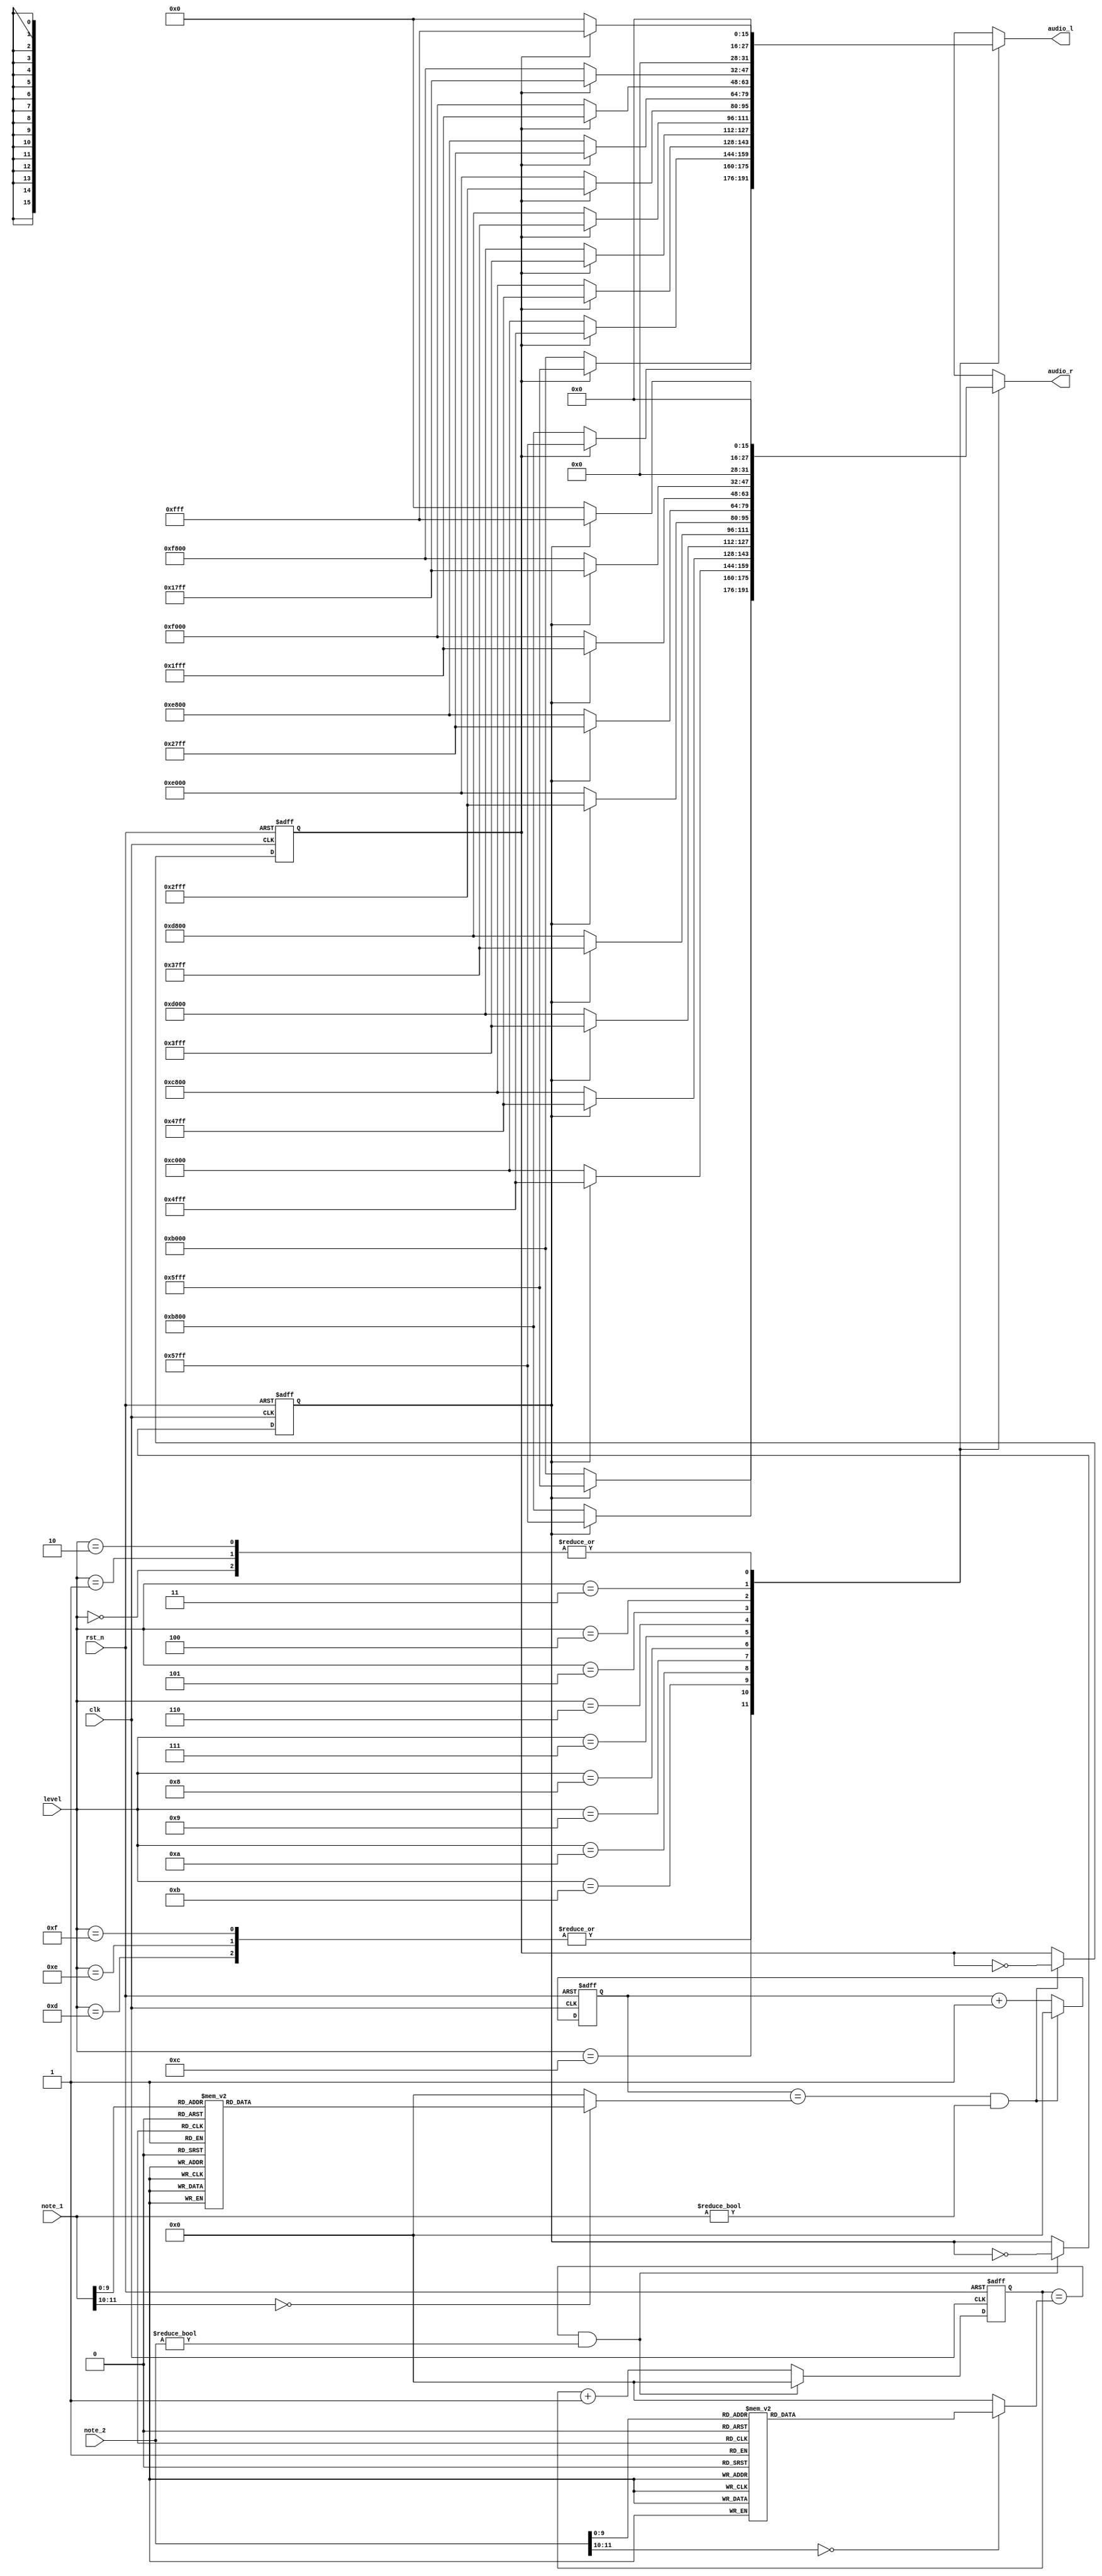
`timescale 1ns / 1ps
//////////////////////////////////////////////////////////////////////////////////
// Company: 
// Engineer: 
// 
// Design Name: 
// Module Name: note
// Project Name: 
// Target Devices: 
// Tool Versions: 
// Description: 
// 
// Dependencies: 
// 
// Revision:
// Revision 0.01 - File Created
// Additional Comments:
// 
//////////////////////////////////////////////////////////////////////////////////
`define a2 19'd454545
`define b2 19'd404956
`define c1 19'd382219
`define d1 19'd340530
`define d2 19'd321543
`define e1 19'd303370
`define f1 19'd286344
`define g1 19'd255102
`define a1 19'd227272
`define b1 19'd202429
`define c 19'd191570
`define d 19'd170648
`define e 19'd151515
`define f 19'd143266
`define g 19'd127551
`define a 19'd113636
`define b 19'd101214
`define C 19'd95419
`define D 19'd85034
`define D1 19'd80353
`define E 19'd75757
`define F 19'd67567
`define G 19'd63775
`define A 19'd56818
`define B 19'd50607
`define D2 19'd40176
`define C0 19'd46707
`define D0 19'd41893
`define E0 19'd37922
`define F0 19'd33311
`define G0 19'd31456
`define A0 19'd28050
`define B0 19'd25012
`define n 19'b0 


module note(
  audio_l,
  audio_r,
  note_1,
  note_2,
  level,
  clk,
  rst_n
    );
    output reg [15:0] audio_l;
    output reg [15:0] audio_r;
    input [11:0] note_1,note_2;
    input [3:0]level;
    input clk;
    input rst_n;  
    reg b_clk, next_b_clk,c_clk, next_c_clk;
    reg [18:0] b_clk_cnt,b_clk_cnt_next,c_clk_cnt,c_clk_cnt_next;
    reg [18:0] b_note_div,c_note_div;
        

    
    
    always@(posedge clk or negedge rst_n)
    begin
        if(rst_n ==1'b0)
        begin
            c_clk <=  1'b0;
            b_clk <=  1'b0;
            b_clk_cnt <= 18'd0;
            c_clk_cnt <= 18'd0;
        end    
        else 
        begin
            c_clk <= next_c_clk;
            b_clk <= next_b_clk;
            b_clk_cnt <= b_clk_cnt_next;
            c_clk_cnt <= c_clk_cnt_next;
        end       
    end
    
    
    always@*
    begin
        if(b_clk_cnt == b_note_div && note_1 != 4'b0)
        begin
            b_clk_cnt_next = 18'd0;
            next_b_clk = ~b_clk;
        end
        else
        begin
            b_clk_cnt_next = b_clk_cnt + 18'd1;
            next_b_clk = b_clk;
        end
        if(c_clk_cnt == c_note_div && note_2 != 4'b0)
        begin
            c_clk_cnt_next = 18'd0;
            next_c_clk = ~c_clk;
        end
        else
        begin
            c_clk_cnt_next = c_clk_cnt + 18'd1;
            next_c_clk = c_clk;
        end
        
        
        
      case(note_1)    //4 note 32case
          12'd1: b_note_div = `G;
          12'd2: b_note_div = `n; 
          12'd3: b_note_div = `G;
          12'd4: b_note_div = `n;
          12'd5: b_note_div = `G;
          12'd6: b_note_div = `n;
          12'd7: b_note_div = `G;
          12'd8: b_note_div = `n;
          12'd9: b_note_div = `G;
          12'd10: b_note_div = `n;
          12'd11: b_note_div = `G;
          12'd12: b_note_div = `n;
          12'd13: b_note_div = `G;
          12'd14: b_note_div = `n;
          12'd15: b_note_div = `F;
          12'd16: b_note_div = `F;
          12'd17: b_note_div = `n;
          12'd18: b_note_div = `n;
          12'd19: b_note_div = `F;
          12'd20: b_note_div = `n;
          12'd21: b_note_div = `F;
          12'd22: b_note_div = `F;
          12'd23: b_note_div = `n;
          12'd24: b_note_div = `n;
          12'd25: b_note_div = `F;
          12'd26: b_note_div = `n;
          12'd27: b_note_div = `F;
          12'd28: b_note_div = `n;
          12'd29: b_note_div = `G;
          12'd30: b_note_div = `G;
          12'd31: b_note_div = `n;
          12'd32: b_note_div = `n;
          12'd33: b_note_div = `G;
          12'd34: b_note_div = `n; 
          12'd35: b_note_div = `G;
          12'd36: b_note_div = `n;
          12'd37: b_note_div = `G;
          12'd38: b_note_div = `n;
          12'd39: b_note_div = `G;
          12'd40: b_note_div = `n;
          12'd41: b_note_div = `G;
          12'd42: b_note_div = `n;
          12'd43: b_note_div = `G;
          12'd44: b_note_div = `n;
          12'd45: b_note_div = `G;
          12'd46: b_note_div = `n;
          12'd47: b_note_div = `F;
          12'd48: b_note_div = `F;
          12'd49: b_note_div = `n;
          12'd50: b_note_div = `n;
          12'd51: b_note_div = `F;
          12'd52: b_note_div = `n;
          12'd53: b_note_div = `F;
          12'd54: b_note_div = `F;
          12'd55: b_note_div = `n;
          12'd56: b_note_div = `n;
          12'd57: b_note_div = `F;
          12'd58: b_note_div = `n;
          12'd59: b_note_div = `F;
          12'd60: b_note_div = `n;
          12'd61: b_note_div = `G;
          12'd62: b_note_div = `G;
          12'd63: b_note_div = `n;
          12'd64: b_note_div = `n;   
          12'd65: b_note_div = `G;
          12'd66: b_note_div = `n; 
          12'd67: b_note_div = `G;
          12'd68: b_note_div = `n;
          12'd69: b_note_div = `G;
          12'd70: b_note_div = `n;
          12'd71: b_note_div = `G;
          12'd72: b_note_div = `n;
          12'd73: b_note_div = `G;
          12'd74: b_note_div = `n;
          12'd75: b_note_div = `G;
          12'd76: b_note_div = `n;
          12'd77: b_note_div = `G;
          12'd78: b_note_div = `n;
          12'd79: b_note_div = `F;
          12'd80: b_note_div = `F;
          12'd81: b_note_div = `n;
          12'd82: b_note_div = `n;
          12'd83: b_note_div = `F;
          12'd84: b_note_div = `n;
          12'd85: b_note_div = `F;
          12'd86: b_note_div = `F;
          12'd87: b_note_div = `n;
          12'd88: b_note_div = `n;
          12'd89: b_note_div = `F;
          12'd90: b_note_div = `n;
          12'd91: b_note_div = `F;
          12'd92: b_note_div = `n;
          12'd93: b_note_div = `G;
          12'd94: b_note_div = `G;
          12'd95: b_note_div = `n;
          12'd96: b_note_div = `n;
          12'd97: b_note_div = `a;
          12'd98: b_note_div = `n; 
          12'd99: b_note_div = `C;
          12'd100: b_note_div = `n;
          12'd101: b_note_div = `E;
          12'd102: b_note_div = `n;
          12'd103: b_note_div = `G;
          12'd104: b_note_div = `n;
          12'd105: b_note_div = `A;
          12'd106: b_note_div = `n;
          12'd107: b_note_div = `G;
          12'd108: b_note_div = `n;
          12'd109: b_note_div = `E;
          12'd110: b_note_div = `n;
          12'd111: b_note_div = `C;
          12'd112: b_note_div = `n;
          12'd113: b_note_div = `b;
          12'd114: b_note_div = `n;
          12'd115: b_note_div = `D;
          12'd116: b_note_div = `n;
          12'd117: b_note_div = `F;
          12'd118: b_note_div = `n;
          12'd119: b_note_div = `A;
          12'd120: b_note_div = `n;
          12'd121: b_note_div = `B;
          12'd122: b_note_div = `n;
          12'd123: b_note_div = `A;
          12'd124: b_note_div = `n;
          12'd125: b_note_div = `F;
          12'd126: b_note_div = `n;
          12'd127: b_note_div = `D;
          12'd128: b_note_div = `n;

          12'd129: b_note_div = `n;
          12'd130: b_note_div = `n; 
          12'd131: b_note_div = `n;
          12'd132: b_note_div = `n;
          12'd133: b_note_div = `n;
          12'd134: b_note_div = `n; 
          12'd135: b_note_div = `n;
          12'd136: b_note_div = `n;          
          12'd137: b_note_div = `G;
          12'd138: b_note_div = `G;
          12'd139: b_note_div = `n;
          12'd140: b_note_div = `n; 
          12'd141: b_note_div = `E;
          12'd142: b_note_div = `E;
          12'd143: b_note_div = `n;
          12'd144: b_note_div = `n;           
          12'd145: b_note_div = `G;
          12'd146: b_note_div = `G;
          12'd147: b_note_div = `n;
          12'd148: b_note_div = `n;           
          12'd149: b_note_div = `B;
          12'd150: b_note_div = `B;
          12'd151: b_note_div = `n;
          12'd152: b_note_div = `n;           
          12'd153: b_note_div = `n;
          12'd154: b_note_div = `n;
          12'd155: b_note_div = `n;
          12'd156: b_note_div = `n;           
          12'd157: b_note_div = `E;
          12'd158: b_note_div = `E;          
          12'd159: b_note_div = `n;
          12'd160: b_note_div = `n; 
          12'd161: b_note_div = `G;
          12'd162: b_note_div = `G;
          12'd163: b_note_div = `n;
          12'd164: b_note_div = `n;           
          12'd165: b_note_div = `E;
          12'd166: b_note_div = `E;
          12'd167: b_note_div = `n;
          12'd168: b_note_div = `n;           
          12'd169: b_note_div = `G;
          12'd170: b_note_div = `G;
          12'd171: b_note_div = `n;
          12'd172: b_note_div = `n;           
          12'd173: b_note_div = `B;
          12'd174: b_note_div = `B;
          12'd175: b_note_div = `n;
          12'd176: b_note_div = `n; 
          12'd177: b_note_div = `n;
          12'd178: b_note_div = `n;                     
          12'd179: b_note_div = `n;
          12'd180: b_note_div = `n;
          12'd181: b_note_div = `B;
          12'd182: b_note_div = `B;
          12'd183: b_note_div = `n;
          12'd184: b_note_div = `n;           
          12'd185: b_note_div = `E;
          12'd186: b_note_div = `E;
          12'd187: b_note_div = `n;
          12'd188: b_note_div = `n;           
          12'd189: b_note_div = `G;
          12'd190: b_note_div = `G;
          12'd191: b_note_div = `n;
          12'd192: b_note_div = `n;  
          
          
          12'd193: b_note_div = `n;
          12'd194: b_note_div = `n; 
          12'd195: b_note_div = `n;
          12'd196: b_note_div = `n;
          12'd197: b_note_div = `n;
          12'd198: b_note_div = `n; 
          12'd199: b_note_div = `n;
          12'd200: b_note_div = `n;          
          12'd201: b_note_div = `G;
          12'd202: b_note_div = `G;
          12'd203: b_note_div = `n;
          12'd204: b_note_div = `n; 
          12'd205: b_note_div = `E;
          12'd206: b_note_div = `E;
          12'd207: b_note_div = `n;
          12'd208: b_note_div = `n;           
          12'd209: b_note_div = `G;
          12'd210: b_note_div = `G;
          12'd211: b_note_div = `n;
          12'd212: b_note_div = `n;           
          12'd213: b_note_div = `B;
          12'd214: b_note_div = `B;
          12'd215: b_note_div = `n;
          12'd216: b_note_div = `n;           
          12'd217: b_note_div = `n;
          12'd218: b_note_div = `n;
          12'd219: b_note_div = `n;
          12'd220: b_note_div = `n;           
          12'd221: b_note_div = `E;
          12'd222: b_note_div = `E;          
          12'd223: b_note_div = `n;
          12'd224: b_note_div = `n; 
          12'd225: b_note_div = `G;
          12'd226: b_note_div = `G;
          12'd227: b_note_div = `n;
          12'd228: b_note_div = `n;           
          12'd229: b_note_div = `E;
          12'd230: b_note_div = `E;
          12'd231: b_note_div = `n;
          12'd232: b_note_div = `n;           
          12'd233: b_note_div = `G;
          12'd234: b_note_div = `G;
          12'd235: b_note_div = `n;
          12'd236: b_note_div = `n;           
          12'd237: b_note_div = `B;
          12'd238: b_note_div = `B;
          12'd239: b_note_div = `n;
          12'd240: b_note_div = `n; 
          12'd241: b_note_div = `n;
          12'd242: b_note_div = `n;                     
          12'd243: b_note_div = `n;
          12'd244: b_note_div = `n;
          12'd245: b_note_div = `B;
          12'd246: b_note_div = `B;
          12'd247: b_note_div = `n;
          12'd248: b_note_div = `n;           
          12'd249: b_note_div = `E;
          12'd250: b_note_div = `E;
          12'd251: b_note_div = `n;
          12'd252: b_note_div = `n;           
          12'd253: b_note_div = `G;
          12'd254: b_note_div = `G;
          12'd255: b_note_div = `n;
          12'd256: b_note_div = `n;           
         
         
         
         
          12'd257: b_note_div = `n;
          12'd258: b_note_div = `n; 
          12'd259: b_note_div = `n;
          12'd260: b_note_div = `n;
          12'd261: b_note_div = `n;
          12'd262: b_note_div = `n; 
          12'd263: b_note_div = `n;
          12'd264: b_note_div = `n;    
          12'd265: b_note_div = `G;
          12'd266: b_note_div = `G;
          12'd267: b_note_div = `n;
          12'd268: b_note_div = `n;           
          12'd269: b_note_div = `a;
          12'd270: b_note_div = `a;
          12'd271: b_note_div = `n;
          12'd272: b_note_div = `n;           
          12'd273: b_note_div = `n;
          12'd274: b_note_div = `n;
          12'd275: b_note_div = `n;
          12'd276: b_note_div = `n;           
          12'd277: b_note_div = `C;
          12'd278: b_note_div = `C;
          12'd279: b_note_div = `n;
          12'd280: b_note_div = `n;           
          12'd281: b_note_div = `E;
          12'd282: b_note_div = `E;
          12'd283: b_note_div = `n;
          12'd284: b_note_div = `n;           
          12'd285: b_note_div = `G;
          12'd286: b_note_div = `G;
          12'd287: b_note_div = `n;
          12'd288: b_note_div = `n;  
          12'd289: b_note_div = `n;
          12'd290: b_note_div = `n;            
          12'd291: b_note_div = `n;
          12'd292: b_note_div = `n;
          12'd293: b_note_div = `n;
          12'd294: b_note_div = `n;
          12'd295: b_note_div = `n;
          12'd296: b_note_div = `n;           
          12'd297: b_note_div = `A;
          12'd298: b_note_div = `A;
          12'd299: b_note_div = `n;
          12'd300: b_note_div = `n;           
          12'd301: b_note_div = `F;
          12'd302: b_note_div = `F;
          12'd303: b_note_div = `n;
          12'd304: b_note_div = `n;           
          12'd305: b_note_div = `n;
          12'd306: b_note_div = `n;
          12'd307: b_note_div = `n;
          12'd308: b_note_div = `n;           
          12'd309: b_note_div = `F;
          12'd310: b_note_div = `F;
          12'd311: b_note_div = `n;
          12'd312: b_note_div = `n;           
          12'd313: b_note_div = `D;
          12'd314: b_note_div = `D;
          12'd315: b_note_div = `n;
          12'd316: b_note_div = `n;           
          12'd317: b_note_div = `F;
          12'd318: b_note_div = `F;
          12'd319: b_note_div = `n;
          12'd320: b_note_div = `n;



          12'd321: b_note_div = `n;
          12'd322: b_note_div = `n; 
          12'd323: b_note_div = `n;
          12'd324: b_note_div = `n;
          12'd325: b_note_div = `n;
          12'd326: b_note_div = `n; 
          12'd327: b_note_div = `n;
          12'd328: b_note_div = `n;          
          12'd329: b_note_div = `G;
          12'd330: b_note_div = `G;
          12'd331: b_note_div = `n;
          12'd332: b_note_div = `n; 
          12'd333: b_note_div = `E;
          12'd334: b_note_div = `E;
          12'd335: b_note_div = `n;
          12'd336: b_note_div = `n;           
          12'd337: b_note_div = `G;
          12'd338: b_note_div = `G;
          12'd339: b_note_div = `n;
          12'd340: b_note_div = `n;           
          12'd341: b_note_div = `B;
          12'd342: b_note_div = `B;
          12'd343: b_note_div = `n;
          12'd344: b_note_div = `n;           
          12'd345: b_note_div = `n;
          12'd346: b_note_div = `n;
          12'd347: b_note_div = `n;
          12'd348: b_note_div = `n;           
          12'd349: b_note_div = `E;
          12'd350: b_note_div = `E;          
          12'd351: b_note_div = `n;
          12'd352: b_note_div = `n; 
          12'd353: b_note_div = `G;
          12'd354: b_note_div = `G;
          12'd355: b_note_div = `n;
          12'd356: b_note_div = `n;           
          12'd357: b_note_div = `E;
          12'd358: b_note_div = `E;
          12'd359: b_note_div = `n;
          12'd360: b_note_div = `n;           
          12'd361: b_note_div = `G;
          12'd362: b_note_div = `G;
          12'd353: b_note_div = `n;
          12'd354: b_note_div = `n;           
          12'd365: b_note_div = `B;
          12'd366: b_note_div = `B;
          12'd367: b_note_div = `n;
          12'd368: b_note_div = `n; 
          12'd369: b_note_div = `n;
          12'd370: b_note_div = `n;                     
          12'd371: b_note_div = `n;
          12'd372: b_note_div = `n;
          12'd373: b_note_div = `B;
          12'd374: b_note_div = `B;
          12'd375: b_note_div = `n;
          12'd376: b_note_div = `n;           
          12'd377: b_note_div = `E;
          12'd378: b_note_div = `E;
          12'd379: b_note_div = `n;
          12'd380: b_note_div = `n;           
          12'd381: b_note_div = `G;
          12'd382: b_note_div = `G;
          12'd383: b_note_div = `n;
          12'd384: b_note_div = `n;                     
 
         
            12'd385: b_note_div = `n;
            12'd386: b_note_div = `n; 
            12'd387: b_note_div = `n;
            12'd388: b_note_div = `n;
            12'd389: b_note_div = `n;
            12'd390: b_note_div = `n; 
            12'd391: b_note_div = `n;
            12'd392: b_note_div = `n;          
            12'd393: b_note_div = `G;
            12'd394: b_note_div = `G;
            12'd395: b_note_div = `n;
            12'd396: b_note_div = `n; 
            12'd397: b_note_div = `E;
            12'd398: b_note_div = `E;
            12'd399: b_note_div = `n;
            12'd400: b_note_div = `n;           
            12'd401: b_note_div = `G;
            12'd402: b_note_div = `G;
            12'd403: b_note_div = `n;
            12'd404: b_note_div = `n;           
            12'd405: b_note_div = `B;
            12'd406: b_note_div = `B;
            12'd407: b_note_div = `n;
            12'd408: b_note_div = `n;           
            12'd409: b_note_div = `n;
            12'd410: b_note_div = `n;
            12'd411: b_note_div = `n;
            12'd412: b_note_div = `n;           
            12'd413: b_note_div = `E;
            12'd414: b_note_div = `E;          
            12'd415: b_note_div = `n;
            12'd416: b_note_div = `n; 
            12'd417: b_note_div = `G;
            12'd418: b_note_div = `G;
            12'd419: b_note_div = `n;
            12'd420: b_note_div = `n;           
            12'd421: b_note_div = `E;
            12'd422: b_note_div = `E;
            12'd423: b_note_div = `n;
            12'd424: b_note_div = `n;           
            12'd425: b_note_div = `G;
            12'd426: b_note_div = `G;
            12'd427: b_note_div = `n;
            12'd428: b_note_div = `n;           
            12'd429: b_note_div = `B;
            12'd430: b_note_div = `B;
            12'd431: b_note_div = `n;
            12'd432: b_note_div = `n; 
            12'd433: b_note_div = `n;
            12'd434: b_note_div = `n;                     
            12'd435: b_note_div = `n;
            12'd436: b_note_div = `n;
            12'd437: b_note_div = `B;
            12'd438: b_note_div = `B;
            12'd439: b_note_div = `n;
            12'd440: b_note_div = `n;           
            12'd441: b_note_div = `E;
            12'd442: b_note_div = `E;
            12'd443: b_note_div = `n;
            12'd444: b_note_div = `n;           
            12'd445: b_note_div = `G;
            12'd446: b_note_div = `G;
            12'd447: b_note_div = `n;
            12'd448: b_note_div = `n;           
           
           
            12'd449: b_note_div = `n;
            12'd450: b_note_div = `n; 
            12'd451: b_note_div = `n;
            12'd452: b_note_div = `n;
            12'd453: b_note_div = `n;
            12'd454: b_note_div = `n; 
            12'd455: b_note_div = `n;
            12'd456: b_note_div = `n;          
            12'd457: b_note_div = `G;
            12'd458: b_note_div = `G;
            12'd459: b_note_div = `n;
            12'd460: b_note_div = `n; 
            12'd461: b_note_div = `E;
            12'd462: b_note_div = `E;
            12'd463: b_note_div = `n;
            12'd464: b_note_div = `n;           
            12'd465: b_note_div = `G;
            12'd466: b_note_div = `G;
            12'd467: b_note_div = `n;
            12'd468: b_note_div = `n;           
            12'd469: b_note_div = `B;
            12'd470: b_note_div = `B;
            12'd471: b_note_div = `n;
            12'd472: b_note_div = `n;           
            12'd473: b_note_div = `n;
            12'd474: b_note_div = `n;
            12'd475: b_note_div = `n;
            12'd476: b_note_div = `n;           
            12'd477: b_note_div = `E;
            12'd478: b_note_div = `E;          
            12'd479: b_note_div = `n;
            12'd480: b_note_div = `n; 
            12'd481: b_note_div = `G;
            12'd482: b_note_div = `G;
            12'd483: b_note_div = `n;
            12'd484: b_note_div = `n;           
            12'd485: b_note_div = `E;
            12'd486: b_note_div = `E;
            12'd487: b_note_div = `n;
            12'd488: b_note_div = `n;           
            12'd489: b_note_div = `G;
            12'd490: b_note_div = `G;
            12'd491: b_note_div = `n;
            12'd492: b_note_div = `n;           
            12'd493: b_note_div = `B;
            12'd494: b_note_div = `B;
            12'd495: b_note_div = `n;
            12'd496: b_note_div = `n; 
            12'd497: b_note_div = `n;
            12'd498: b_note_div = `n;                     
            12'd499: b_note_div = `n;
            12'd500: b_note_div = `n;
            12'd501: b_note_div = `B;
            12'd502: b_note_div = `B;
            12'd503: b_note_div = `n;
            12'd504: b_note_div = `n;           
            12'd505: b_note_div = `E;
            12'd506: b_note_div = `E;
            12'd507: b_note_div = `n;
            12'd508: b_note_div = `n;           
            12'd509: b_note_div = `G;
            12'd510: b_note_div = `G;
            12'd511: b_note_div = `n;
            12'd512: b_note_div = `n;   
  
  
  
            12'd513: b_note_div = `n;
            12'd514: b_note_div = `n; 
            12'd515: b_note_div = `n;
            12'd516: b_note_div = `n;
            12'd517: b_note_div = `n;
            12'd518: b_note_div = `n; 
            12'd519: b_note_div = `n;
            12'd520: b_note_div = `n;          
            12'd521: b_note_div = `G;
            12'd522: b_note_div = `G;
            12'd523: b_note_div = `n;
            12'd524: b_note_div = `n; 
            12'd525: b_note_div = `a;
            12'd526: b_note_div = `a;
            12'd527: b_note_div = `n;
            12'd528: b_note_div = `n;           
            12'd529: b_note_div = `n;
            12'd530: b_note_div = `n;
            12'd531: b_note_div = `n;
            12'd532: b_note_div = `n;           
            12'd533: b_note_div = `C;
            12'd534: b_note_div = `C;
            12'd535: b_note_div = `n;
            12'd536: b_note_div = `n;           
            12'd537: b_note_div = `E;
            12'd538: b_note_div = `E;
            12'd539: b_note_div = `n;
            12'd540: b_note_div = `n;           
            12'd541: b_note_div = `G;
            12'd542: b_note_div = `G;          
            12'd543: b_note_div = `n;
            12'd544: b_note_div = `n; 
            12'd545: b_note_div = `n;
            12'd546: b_note_div = `n;
            12'd547: b_note_div = `n;
            12'd548: b_note_div = `n;           
            12'd549: b_note_div = `n;
            12'd550: b_note_div = `n;
            12'd551: b_note_div = `n;
            12'd552: b_note_div = `n;           
            12'd553: b_note_div = `A;
            12'd554: b_note_div = `A;
            12'd555: b_note_div = `n;
            12'd556: b_note_div = `n;           
            12'd557: b_note_div = `F;
            12'd558: b_note_div = `F;
            12'd559: b_note_div = `n;
            12'd560: b_note_div = `n; 
            12'd561: b_note_div = `n;
            12'd562: b_note_div = `n;                     
            12'd563: b_note_div = `n;
            12'd564: b_note_div = `n;
            12'd565: b_note_div = `F;
            12'd566: b_note_div = `F;
            12'd567: b_note_div = `n;
            12'd568: b_note_div = `n;           
            12'd569: b_note_div = `D;
            12'd570: b_note_div = `D;
            12'd571: b_note_div = `n;
            12'd572: b_note_div = `n;           
            12'd573: b_note_div = `F;
            12'd574: b_note_div = `F;
            12'd575: b_note_div = `n;
            12'd576: b_note_div = `n;                                  
                                
            12'd577: b_note_div = `n;
            12'd578: b_note_div = `n; 
            12'd579: b_note_div = `n;
            12'd580: b_note_div = `n;
            12'd581: b_note_div = `n;
            12'd582: b_note_div = `n; 
            12'd583: b_note_div = `n;
            12'd584: b_note_div = `n;          
            12'd585: b_note_div = `G;
            12'd586: b_note_div = `G;
            12'd587: b_note_div = `n;
            12'd588: b_note_div = `n; 
            12'd589: b_note_div = `E;
            12'd590: b_note_div = `E;
            12'd591: b_note_div = `n;
            12'd592: b_note_div = `n;           
            12'd593: b_note_div = `G;
            12'd594: b_note_div = `G;
            12'd595: b_note_div = `n;
            12'd596: b_note_div = `n;           
            12'd597: b_note_div = `B;
            12'd598: b_note_div = `B;
            12'd599: b_note_div = `n;
            12'd600: b_note_div = `n;           
            12'd601: b_note_div = `n;
            12'd602: b_note_div = `n;
            12'd603: b_note_div = `n;
            12'd604: b_note_div = `n;           
            12'd605: b_note_div = `E;
            12'd606: b_note_div = `E;          
            12'd607: b_note_div = `n;
            12'd608: b_note_div = `n; 
            12'd609: b_note_div = `G;
            12'd610: b_note_div = `G;
            12'd611: b_note_div = `n;
            12'd612: b_note_div = `n;           
            12'd613: b_note_div = `E;
            12'd614: b_note_div = `E;
            12'd615: b_note_div = `n;
            12'd616: b_note_div = `n;           
            12'd617: b_note_div = `G;
            12'd618: b_note_div = `G;
            12'd619: b_note_div = `n;
            12'd620: b_note_div = `n;           
            12'd621: b_note_div = `B;
            12'd622: b_note_div = `B;
            12'd623: b_note_div = `n;
            12'd624: b_note_div = `n; 
            12'd625: b_note_div = `n;
            12'd626: b_note_div = `n;                     
            12'd627: b_note_div = `n;
            12'd628: b_note_div = `n;
            12'd629: b_note_div = `B;
            12'd630: b_note_div = `B;
            12'd631: b_note_div = `n;
            12'd632: b_note_div = `n;           
            12'd633: b_note_div = `E;
            12'd634: b_note_div = `E;
            12'd635: b_note_div = `n;
            12'd636: b_note_div = `n;           
            12'd637: b_note_div = `G;
            12'd638: b_note_div = `G;
            12'd639: b_note_div = `n;
            12'd640: b_note_div = `n;  

////jump
            12'd642: b_note_div = `g;
            12'd643: b_note_div = `g;
            12'd644: b_note_div = `n;
            12'd645: b_note_div = `n;  
            
////down
            12'd646: b_note_div = `e;
            12'd647: b_note_div = `e;
            12'd648: b_note_div = `n;
            12'd649: b_note_div = `n;                                   
            
////dead            
            12'd650: b_note_div = `n;
            12'd651: b_note_div = `c;
            12'd652: b_note_div = `n;
            12'd653: b_note_div = `c;
                                                 
                               
                                
                                
          default: b_note_div = 18'd0000;
      endcase
      case(note_2)    //4 note 32case
          12'd1: c_note_div = `E;
          12'd2: c_note_div = `n; 
          12'd3: c_note_div = `E;
          12'd4: c_note_div = `n;
          12'd5: c_note_div = `E;
          12'd6: c_note_div = `n;
          12'd7: c_note_div = `E;
          12'd8: c_note_div = `n;
          12'd9: c_note_div = `E;
          12'd10: c_note_div = `n;
          12'd11: c_note_div = `E;
          12'd12: c_note_div = `n;
          12'd13: c_note_div = `E;
          12'd14: c_note_div = `n;
          12'd15: c_note_div = `D;
          12'd16: c_note_div = `D;
          12'd17: c_note_div = `n;
          12'd18: c_note_div = `n;
          12'd19: c_note_div = `D;
          12'd20: c_note_div = `n;
          12'd21: c_note_div = `D;
          12'd22: c_note_div = `D;
          12'd23: c_note_div = `n;
          12'd24: c_note_div = `n;
          12'd25: c_note_div = `D;
          12'd26: c_note_div = `n;
          12'd27: c_note_div = `D;
          12'd28: c_note_div = `n;
          12'd29: c_note_div = `E;
          12'd30: c_note_div = `E;
          12'd31: c_note_div = `n;
          12'd32: c_note_div = `n;
          12'd33: c_note_div = `E;
          12'd34: c_note_div = `n; 
          12'd35: c_note_div = `E;
          12'd36: c_note_div = `n;
          12'd37: c_note_div = `E;
          12'd38: c_note_div = `n;
          12'd39: c_note_div = `E;
          12'd40: c_note_div = `n;
          12'd41: c_note_div = `E;
          12'd42: c_note_div = `n;
          12'd43: c_note_div = `E;
          12'd44: c_note_div = `n;
          12'd45: c_note_div = `E;
          12'd46: c_note_div = `n;
          12'd47: c_note_div = `D;
          12'd48: c_note_div = `D;
          12'd49: c_note_div = `n;
          12'd50: c_note_div = `n;
          12'd51: c_note_div = `D;
          12'd52: c_note_div = `n;
          12'd53: c_note_div = `D;
          12'd54: c_note_div = `D;
          12'd55: c_note_div = `n;
          12'd56: c_note_div = `n;
          12'd57: c_note_div = `D;
          12'd58: c_note_div = `n;
          12'd59: c_note_div = `D;
          12'd60: c_note_div = `n;
          12'd61: c_note_div = `E;
          12'd62: c_note_div = `E;
          12'd63: c_note_div = `n;
          12'd64: c_note_div = `n;   
          12'd65: c_note_div = `E;
          12'd66: c_note_div = `n; 
          12'd67: c_note_div = `E;
          12'd68: c_note_div = `n;
          12'd69: c_note_div = `E;
          12'd70: c_note_div = `n;
          12'd71: c_note_div = `E;
          12'd72: c_note_div = `n;
          12'd73: c_note_div = `E;
          12'd74: c_note_div = `n;
          12'd75: c_note_div = `E;
          12'd76: c_note_div = `n;
          12'd77: c_note_div = `E;
          12'd78: c_note_div = `n;
          12'd79: c_note_div = `D;
          12'd80: c_note_div = `D;
          12'd81: c_note_div = `n;
          12'd82: c_note_div = `n;
          12'd83: c_note_div = `D;
          12'd84: c_note_div = `n;
          12'd85: c_note_div = `D;
          12'd86: c_note_div = `D;
          12'd87: c_note_div = `n;
          12'd88: c_note_div = `n;
          12'd89: c_note_div = `D;
          12'd90: c_note_div = `n;
          12'd91: c_note_div = `D;
          12'd92: c_note_div = `n;
          12'd93: c_note_div = `E;
          12'd94: c_note_div = `E;
          12'd95: c_note_div = `n;
          12'd96: c_note_div = `n;
          12'd97: c_note_div = `a;
          12'd98: c_note_div = `n; 
          12'd99: c_note_div = `C;
          12'd100: c_note_div = `n;
          12'd101: c_note_div = `E;
          12'd102: c_note_div = `n;
          12'd103: c_note_div = `G;
          12'd104: c_note_div = `n;
          12'd105: c_note_div = `A;
          12'd106: c_note_div = `n;
          12'd107: c_note_div = `G;
          12'd108: c_note_div = `n;
          12'd109: c_note_div = `E;
          12'd110: c_note_div = `n;
          12'd111: c_note_div = `C;
          12'd112: c_note_div = `n;
          12'd113: c_note_div = `b;
          12'd114: c_note_div = `n;
          12'd115: c_note_div = `D;
          12'd116: c_note_div = `n;
          12'd117: c_note_div = `F;
          12'd118: c_note_div = `n;
          12'd119: c_note_div = `A;
          12'd120: c_note_div = `n;
          12'd121: c_note_div = `B;
          12'd122: c_note_div = `n;
          12'd123: c_note_div = `A;
          12'd124: c_note_div = `n;
          12'd125: c_note_div = `F;
          12'd126: c_note_div = `n;
          12'd127: c_note_div = `D;
          12'd128: c_note_div = `n; 
         
         
         
          
          12'd129: c_note_div = `e1;
          12'd130: c_note_div = `e1; 
          12'd131: c_note_div = `n;
          12'd132: c_note_div = `n;
          12'd133: c_note_div = `g;
          12'd134: c_note_div = `g;
          12'd135: c_note_div = `n;
          12'd136: c_note_div = `n;
          12'd137: c_note_div = `e1;
          12'd138: c_note_div = `e1; 
          12'd139: c_note_div = `n;
          12'd140: c_note_div = `n;
          12'd141: c_note_div = `g;
          12'd142: c_note_div = `g;
          12'd143: c_note_div = `n;
          12'd144: c_note_div = `n;
          12'd145: c_note_div = `e1;
          12'd146: c_note_div = `e1; 
          12'd147: c_note_div = `n;
          12'd148: c_note_div = `n;
          12'd149: c_note_div = `g;
          12'd150: c_note_div = `g;
          12'd151: c_note_div = `n;
          12'd152: c_note_div = `n;
          12'd153: c_note_div = `e1;
          12'd154: c_note_div = `e1; 
          12'd155: c_note_div = `n;
          12'd156: c_note_div = `n;
          12'd157: c_note_div = `g;
          12'd158: c_note_div = `g;
          12'd159: c_note_div = `n;
          12'd160: c_note_div = `n;   
          
          12'd161: c_note_div = `e1;
          12'd162: c_note_div = `e1; 
          12'd163: c_note_div = `n;
          12'd164: c_note_div = `n;
          12'd165: c_note_div = `g;
          12'd166: c_note_div = `g;
          12'd167: c_note_div = `n;
          12'd168: c_note_div = `n;
          12'd169: c_note_div = `e1;
          12'd170: c_note_div = `e1; 
          12'd171: c_note_div = `n;
          12'd172: c_note_div = `n;
          12'd173: c_note_div = `g;
          12'd174: c_note_div = `g;
          12'd175: c_note_div = `n;
          12'd176: c_note_div = `n;
          12'd177: c_note_div = `e1;
          12'd178: c_note_div = `e1; 
          12'd179: c_note_div = `n;
          12'd180: c_note_div = `n;
          12'd181: c_note_div = `g;
          12'd182: c_note_div = `g;
          12'd183: c_note_div = `n;
          12'd184: c_note_div = `n;
          12'd185: c_note_div = `e1;
          12'd186: c_note_div = `e1; 
          12'd187: c_note_div = `n;
          12'd188: c_note_div = `n;
          12'd189: c_note_div = `g;
          12'd190: c_note_div = `g;
          12'd191: c_note_div = `n;
          12'd192: c_note_div = `n; 
          
          
          12'd193: c_note_div = `c1;
          12'd194: c_note_div = `c1; 
          12'd195: c_note_div = `n;
          12'd196: c_note_div = `n;
          12'd197: c_note_div = `g;
          12'd198: c_note_div = `g;
          12'd199: c_note_div = `n;
          12'd200: c_note_div = `n;
          12'd201: c_note_div = `c1;
          12'd202: c_note_div = `c1; 
          12'd203: c_note_div = `n;
          12'd204: c_note_div = `n;
          12'd205: c_note_div = `g;
          12'd206: c_note_div = `g;
          12'd207: c_note_div = `n;
          12'd208: c_note_div = `n;
          12'd209: c_note_div = `c1;
          12'd210: c_note_div = `c1; 
          12'd211: c_note_div = `n;
          12'd212: c_note_div = `n;
          12'd213: c_note_div = `g;
          12'd214: c_note_div = `g;
          12'd215: c_note_div = `n;
          12'd216: c_note_div = `n;
          12'd217: c_note_div = `c1;
          12'd218: c_note_div = `c1; 
          12'd219: c_note_div = `n;
          12'd220: c_note_div = `n;
          12'd221: c_note_div = `g;
          12'd222: c_note_div = `g;
          12'd223: c_note_div = `n;
          12'd224: c_note_div = `n;
          
          12'd225: c_note_div = `c1;
          12'd226: c_note_div = `c1; 
          12'd227: c_note_div = `n;
          12'd228: c_note_div = `n;
          12'd229: c_note_div = `g;
          12'd230: c_note_div = `g;
          12'd231: c_note_div = `n;
          12'd232: c_note_div = `n;
          12'd233: c_note_div = `c1;
          12'd234: c_note_div = `c1; 
          12'd235: c_note_div = `n;
          12'd236: c_note_div = `n;
          12'd237: c_note_div = `g;
          12'd238: c_note_div = `g;
          12'd239: c_note_div = `n;
          12'd240: c_note_div = `n;
          12'd241: c_note_div = `c1;
          12'd242: c_note_div = `c1; 
          12'd243: c_note_div = `n;
          12'd244: c_note_div = `n;
          12'd245: c_note_div = `g;
          12'd246: c_note_div = `g;
          12'd247: c_note_div = `n;
          12'd248: c_note_div = `n;
          12'd249: c_note_div = `c1;
          12'd250: c_note_div = `c1; 
          12'd251: c_note_div = `n;
          12'd252: c_note_div = `n;
          12'd253: c_note_div = `g;
          12'd254: c_note_div = `g;
          12'd255: c_note_div = `n;
          12'd256: c_note_div = `n;
          
          12'd257: c_note_div = `a1;
          12'd258: c_note_div = `a1; 
          12'd259: c_note_div = `n;
          12'd260: c_note_div = `n;
          12'd261: c_note_div = `c;
          12'd262: c_note_div = `c;
          12'd263: c_note_div = `n;
          12'd264: c_note_div = `n;
          12'd265: c_note_div = `a1;
          12'd266: c_note_div = `a1; 
          12'd267: c_note_div = `n;
          12'd268: c_note_div = `n;
          12'd269: c_note_div = `c;
          12'd270: c_note_div = `c;
          12'd271: c_note_div = `n;
          12'd272: c_note_div = `n;
          12'd273: c_note_div = `a1;
          12'd274: c_note_div = `a1; 
          12'd275: c_note_div = `n;
          12'd276: c_note_div = `n;
          12'd277: c_note_div = `c;
          12'd278: c_note_div = `c;
          12'd279: c_note_div = `n;
          12'd280: c_note_div = `n;
          12'd281: c_note_div = `a1;
          12'd282: c_note_div = `a1; 
          12'd283: c_note_div = `n;
          12'd284: c_note_div = `n;
          12'd285: c_note_div = `c;
          12'd286: c_note_div = `c;
          12'd287: c_note_div = `n;
          12'd288: c_note_div = `n;                 
 
          12'd289: c_note_div = `b1;
          12'd290: c_note_div = `b1; 
          12'd291: c_note_div = `n;
          12'd292: c_note_div = `n;
          12'd293: c_note_div = `d;
          12'd294: c_note_div = `d;
          12'd295: c_note_div = `n;
          12'd296: c_note_div = `n;
          12'd297: c_note_div = `b1;
          12'd298: c_note_div = `b1; 
          12'd299: c_note_div = `n;
          12'd300: c_note_div = `n;
          12'd301: c_note_div = `d;
          12'd302: c_note_div = `d;
          12'd303: c_note_div = `n;
          12'd304: c_note_div = `n;
          12'd305: c_note_div = `b1;
          12'd306: c_note_div = `b1; 
          12'd307: c_note_div = `n;
          12'd308: c_note_div = `n;
          12'd309: c_note_div = `d;
          12'd310: c_note_div = `d;
          12'd311: c_note_div = `n;
          12'd312: c_note_div = `n;
          12'd313: c_note_div = `b1;
          12'd314: c_note_div = `b1; 
          12'd315: c_note_div = `n;
          12'd316: c_note_div = `n;
          12'd317: c_note_div = `d;
          12'd318: c_note_div = `d;
          12'd319: c_note_div = `n;
          12'd320: c_note_div = `n;      
          
          12'd321: c_note_div = `e;
          12'd322: c_note_div = `e; 
          12'd323: c_note_div = `n;
          12'd324: c_note_div = `n;
          12'd325: c_note_div = `g;
          12'd326: c_note_div = `g;
          12'd327: c_note_div = `n;
          12'd328: c_note_div = `n;
          12'd329: c_note_div = `e;
          12'd330: c_note_div = `e; 
          12'd331: c_note_div = `n;
          12'd332: c_note_div = `n;
          12'd333: c_note_div = `g;
          12'd334: c_note_div = `g;
          12'd335: c_note_div = `n;
          12'd336: c_note_div = `n;
          12'd337: c_note_div = `e;
          12'd338: c_note_div = `e; 
          12'd339: c_note_div = `n;
          12'd340: c_note_div = `n;
          12'd341: c_note_div = `g;
          12'd342: c_note_div = `g;
          12'd343: c_note_div = `n;
          12'd344: c_note_div = `n;
          12'd345: c_note_div = `e;
          12'd346: c_note_div = `e; 
          12'd347: c_note_div = `n;
          12'd348: c_note_div = `n;
          12'd349: c_note_div = `g;
          12'd350: c_note_div = `g;
          12'd351: c_note_div = `n;
          12'd352: c_note_div = `n;                
          
          12'd353: c_note_div = `b;
          12'd354: c_note_div = `n; 
          12'd355: c_note_div = `f;
          12'd356: c_note_div = `n;
          12'd357: c_note_div = `b;
          12'd358: c_note_div = `n;
          12'd359: c_note_div = `D1;
          12'd360: c_note_div = `n;
          12'd361: c_note_div = `F;
          12'd362: c_note_div = `n; 
          12'd363: c_note_div = `b;
          12'd364: c_note_div = `n;
          12'd365: c_note_div = `D1;
          12'd366: c_note_div = `n;
          12'd367: c_note_div = `F;
          12'd368: c_note_div = `n;
          12'd369: c_note_div = `B;
          12'd370: c_note_div = `n; 
          12'd371: c_note_div = `D1;
          12'd372: c_note_div = `n;
          12'd373: c_note_div = `F;
          12'd374: c_note_div = `n;
          12'd375: c_note_div = `B;
          12'd376: c_note_div = `n;
          12'd377: c_note_div = `D1;
          12'd378: c_note_div = `n; 
          12'd379: c_note_div = `f;
          12'd380: c_note_div = `n;
          12'd381: c_note_div = `b;
          12'd382: c_note_div = `n;
          12'd383: c_note_div = `D1;
          12'd384: c_note_div = `n;   
                                        
          12'd385: c_note_div = `c1;
          12'd368: c_note_div = `n;
          12'd387: c_note_div = `c1;
          12'd388: c_note_div = `n;
          12'd389: c_note_div = `c1;
          12'd390: c_note_div = `c1;
          12'd391: c_note_div = `n;
          12'd392: c_note_div = `n;
          12'd393: c_note_div = `c1;
          12'd394: c_note_div = `n;
          12'd395: c_note_div = `c1;
          12'd396: c_note_div = `n;
          12'd397: c_note_div = `c1;
          12'd398: c_note_div = `c1;
          12'd399: c_note_div = `n;
          12'd400: c_note_div = `n;
          12'd401: c_note_div = `c1;
          12'd402: c_note_div = `n;
          12'd403: c_note_div = `c1;
          12'd404: c_note_div = `n;
          12'd405: c_note_div = `c1;
          12'd406: c_note_div = `c1;
          12'd407: c_note_div = `n;
          12'd408: c_note_div = `n;
          12'd409: c_note_div = `c1;
          12'd410: c_note_div = `n;
          12'd411: c_note_div = `c1;
          12'd412: c_note_div = `n;
          12'd413: c_note_div = `c1;
          12'd414: c_note_div = `c1;
          12'd415: c_note_div = `n;
          12'd416: c_note_div = `n;            
          
          12'd417: c_note_div = `d1;
          12'd418: c_note_div = `n;
          12'd419: c_note_div = `d1;
          12'd420: c_note_div = `n;
          12'd421: c_note_div = `d1;
          12'd422: c_note_div = `d1;
          12'd423: c_note_div = `n;
          12'd424: c_note_div = `n;
          12'd425: c_note_div = `d1;
          12'd426: c_note_div = `n;
          12'd427: c_note_div = `d1;
          12'd428: c_note_div = `n;
          12'd429: c_note_div = `d1;
          12'd430: c_note_div = `d1;
          12'd431: c_note_div = `n;
          12'd432: c_note_div = `n;
          12'd433: c_note_div = `d1;
          12'd434: c_note_div = `n;
          12'd435: c_note_div = `d1;
          12'd436: c_note_div = `n;
          12'd437: c_note_div = `d1;
          12'd438: c_note_div = `d1;
          12'd439: c_note_div = `n;
          12'd440: c_note_div = `n;
          12'd441: c_note_div = `d1;
          12'd442: c_note_div = `n;
          12'd443: c_note_div = `d1;
          12'd444: c_note_div = `n;
          12'd445: c_note_div = `d1;
          12'd446: c_note_div = `d1;
          12'd447: c_note_div = `n;
          12'd448: c_note_div = `n;
          
          12'd449: c_note_div = `b2;
          12'd450: c_note_div = `n;
          12'd451: c_note_div = `b2;
          12'd452: c_note_div = `n;
          12'd453: c_note_div = `b2;
          12'd454: c_note_div = `b2;
          12'd455: c_note_div = `n;
          12'd456: c_note_div = `n;
          12'd457: c_note_div = `b2;
          12'd458: c_note_div = `n;
          12'd459: c_note_div = `b2;
          12'd460: c_note_div = `n;
          12'd461: c_note_div = `b2;
          12'd462: c_note_div = `b2;
          12'd463: c_note_div = `n;
          12'd464: c_note_div = `n;
          12'd465: c_note_div = `b2;
          12'd466: c_note_div = `n;
          12'd467: c_note_div = `b2;
          12'd468: c_note_div = `n;
          12'd469: c_note_div = `b2;
          12'd470: c_note_div = `b2;
          12'd471: c_note_div = `n;
          12'd472: c_note_div = `n;
          12'd473: c_note_div = `b2;
          12'd474: c_note_div = `n;
          12'd475: c_note_div = `b2;
          12'd476: c_note_div = `n;
          12'd477: c_note_div = `b2;
          12'd478: c_note_div = `b2;
          12'd479: c_note_div = `n;
          12'd480: c_note_div = `n;
          
          12'd481: c_note_div = `c1;
          12'd482: c_note_div = `n;
          12'd483: c_note_div = `c1;
          12'd484: c_note_div = `n;
          12'd485: c_note_div = `c1;
          12'd486: c_note_div = `c1;
          12'd487: c_note_div = `n;
          12'd488: c_note_div = `n;
          12'd489: c_note_div = `c1;
          12'd490: c_note_div = `n;
          12'd491: c_note_div = `c1;
          12'd492: c_note_div = `n;
          12'd493: c_note_div = `c1;
          12'd494: c_note_div = `c1;
          12'd495: c_note_div = `n;
          12'd496: c_note_div = `n;
          12'd497: c_note_div = `c1;
          12'd498: c_note_div = `n;
          12'd499: c_note_div = `c1;
          12'd500: c_note_div = `n;
          12'd501: c_note_div = `c1;
          12'd502: c_note_div = `c1;
          12'd503: c_note_div = `n;
          12'd504: c_note_div = `n;
          12'd505: c_note_div = `c1;
          12'd506: c_note_div = `n;
          12'd507: c_note_div = `c1;
          12'd508: c_note_div = `n;
          12'd509: c_note_div = `c1;
          12'd510: c_note_div = `c1;
          12'd511: c_note_div = `n;
          12'd512: c_note_div = `n; 
          
          12'd513: c_note_div = `c1;
          12'd514: c_note_div = `n;
          12'd515: c_note_div = `c1;
          12'd516: c_note_div = `n;
          12'd517: c_note_div = `c1;
          12'd518: c_note_div = `c1;
          12'd519: c_note_div = `n;
          12'd520: c_note_div = `n;
          12'd521: c_note_div = `c1;
          12'd522: c_note_div = `n;
          12'd523: c_note_div = `c1;
          12'd524: c_note_div = `n;
          12'd525: c_note_div = `c1;
          12'd526: c_note_div = `c1;
          12'd527: c_note_div = `n;
          12'd528: c_note_div = `n;
          12'd529: c_note_div = `c1;
          12'd530: c_note_div = `n;
          12'd531: c_note_div = `c1;
          12'd532: c_note_div = `n;
          12'd533: c_note_div = `c1;
          12'd534: c_note_div = `c1;
          12'd535: c_note_div = `n;
          12'd536: c_note_div = `n;
          12'd537: c_note_div = `c1;
          12'd538: c_note_div = `n;
          12'd539: c_note_div = `c1;
          12'd540: c_note_div = `n;
          12'd541: c_note_div = `c1;
          12'd542: c_note_div = `c1;
          12'd543: c_note_div = `n;
          12'd544: c_note_div = `n;
          
          12'd545: c_note_div = `a2;
          12'd546: c_note_div = `n;
          12'd547: c_note_div = `a2;
          12'd548: c_note_div = `n;
          12'd549: c_note_div = `a2;
          12'd550: c_note_div = `a2;
          12'd551: c_note_div = `n;
          12'd552: c_note_div = `n; 
          12'd553: c_note_div = `a2;
          12'd554: c_note_div = `n;
          12'd555: c_note_div = `a2;
          12'd556: c_note_div = `n;
          12'd557: c_note_div = `a2;
          12'd558: c_note_div = `a2;
          12'd559: c_note_div = `n;
          12'd560: c_note_div = `n;
          12'd561: c_note_div = `a2;
          12'd562: c_note_div = `n;
          12'd563: c_note_div = `a2;
          12'd564: c_note_div = `n;
          12'd565: c_note_div = `a2;
          12'd566: c_note_div = `a2;
          12'd567: c_note_div = `n;
          12'd568: c_note_div = `n;
          12'd569: c_note_div = `a2;
          12'd570: c_note_div = `n;
          12'd571: c_note_div = `a2;
          12'd572: c_note_div = `n;
          12'd573: c_note_div = `a2;
          12'd574: c_note_div = `a2;
          12'd575: c_note_div = `n;
          12'd576: c_note_div = `n;
          
          12'd577: c_note_div = `d2;
          12'd578: c_note_div = `n;
          12'd579: c_note_div = `d2;
          12'd580: c_note_div = `n;
          12'd581: c_note_div = `d2;
          12'd582: c_note_div = `d2;
          12'd583: c_note_div = `n;
          12'd584: c_note_div = `n;
          12'd585: c_note_div = `d2;
          12'd586: c_note_div = `n;
          12'd587: c_note_div = `d2;
          12'd588: c_note_div = `n;
          12'd589: c_note_div = `d2;
          12'd590: c_note_div = `d2;
          12'd591: c_note_div = `n;
          12'd592: c_note_div = `n;
          12'd593: c_note_div = `d2;
          12'd594: c_note_div = `n;
          12'd595: c_note_div = `d2;
          12'd596: c_note_div = `n;
          12'd597: c_note_div = `d2;
          12'd598: c_note_div = `d2;
          12'd599: c_note_div = `n;
          12'd600: c_note_div = `n;
          12'd601: c_note_div = `d2;
          12'd602: c_note_div = `n;
          12'd603: c_note_div = `d2;
          12'd604: c_note_div = `n;
          12'd605: c_note_div = `d2;
          12'd606: c_note_div = `d2;
          12'd607: c_note_div = `n;
          12'd608: c_note_div = `n;
          
          12'd609: c_note_div = `b;
          12'd610: c_note_div = `n; 
          12'd611: c_note_div = `f;
          12'd612: c_note_div = `n;
          12'd613: c_note_div = `b;
          12'd614: c_note_div = `n;
          12'd615: c_note_div = `D1;
          12'd616: c_note_div = `n;
          12'd617: c_note_div = `F;
          12'd618: c_note_div = `n; 
          12'd619: c_note_div = `b;
          12'd620: c_note_div = `n;
          12'd621: c_note_div = `D1;
          12'd622: c_note_div = `n;
          12'd623: c_note_div = `F;
          12'd624: c_note_div = `n;
          12'd625: c_note_div = `B;
          12'd626: c_note_div = `n; 
          12'd627: c_note_div = `D1;
          12'd628: c_note_div = `n;
          12'd629: c_note_div = `F;
          12'd630: c_note_div = `n;
          12'd631: c_note_div = `B;
          12'd632: c_note_div = `n;
          12'd633: c_note_div = `D2;
          12'd634: c_note_div = `n; 
          12'd635: c_note_div = `F;
          12'd636: c_note_div = `n;
          12'd637: c_note_div = `B;
          12'd638: c_note_div = `n;
          12'd639: c_note_div = `D2;
          12'd640: c_note_div = `n; 

////jump
          12'd642: c_note_div = `g;
          12'd643: c_note_div = `g;
          12'd644: c_note_div = `n;
          12'd645: c_note_div = `n;  
                      
////down
          12'd646: c_note_div = `e;
          12'd647: c_note_div = `e;
          12'd648: c_note_div = `n;
          12'd649: c_note_div = `n;                                   
                      
////dead            
          12'd650: c_note_div = `n;
          12'd651: c_note_div = `c;
          12'd652: c_note_div = `n;
          12'd653: c_note_div = `c;
          
                                    
          default: c_note_div = 18'd0000;
      endcase
      
    case(level)
            4'd15, 4'd14, 4'd13:
            begin
                audio_l = (b_clk == 1'b0) ? 16'hB000 : 16'h5FFF;
                audio_r = (c_clk == 1'b0) ? 16'hB000 : 16'h5FFF;
            end
            4'd12:
            begin
                audio_l = (b_clk == 1'b0) ? 16'hB800 : 16'h57FF;
                audio_r = (c_clk == 1'b0) ? 16'hB800 : 16'h57FF;
            end
            4'd11:
            begin
                audio_l = (b_clk == 1'b0) ? 16'hC000 : 16'h4FFF;
                audio_r = (c_clk == 1'b0) ? 16'hC000 : 16'h4FFF;
            end
            4'd10:
            begin
                audio_l = (b_clk == 1'b0) ? 16'hC800 : 16'h47FF;
                audio_r = (c_clk == 1'b0) ? 16'hC800 : 16'h47FF;
            end
            4'd9:
            begin
                audio_l = (b_clk == 1'b0) ? 16'hD000 : 16'h3FFF;
                audio_r = (c_clk == 1'b0) ? 16'hD000 : 16'h3FFF;
            end
            4'd8:
            begin
                audio_l = (b_clk == 1'b0) ? 16'hD800 : 16'h37FF;
                audio_r = (c_clk == 1'b0) ? 16'hD800 : 16'h37FF;
            end
            4'd7:
            begin
                audio_l = (b_clk == 1'b0) ? 16'hE000 : 16'h2FFF;
                audio_r = (c_clk == 1'b0) ? 16'hE000 : 16'h2FFF;
            end
            4'd6:
            begin
                audio_l = (b_clk == 1'b0) ? 16'hE800 : 16'h27FF;
                audio_r = (c_clk == 1'b0) ? 16'hE800 : 16'h27FF;
            end
            4'd5:
            begin
                audio_l = (b_clk == 1'b0) ? 16'hF000 : 16'h1FFF;
                audio_r = (c_clk == 1'b0) ? 16'hF000 : 16'h1FFF;
            end
            4'd4:
            begin
                audio_l = (b_clk == 1'b0) ? 16'hF800 : 16'h17FF;
                audio_r = (c_clk == 1'b0) ? 16'hF800 : 16'h17FF;
            end
            4'd3:
            begin
                audio_l = (b_clk == 1'b0) ? 16'h0000 : 16'h0FFF;
                audio_r = (c_clk == 1'b0) ? 16'h0000 : 16'h0FFF;
            end
            4'd2, 4'd1, 4'd0:
            begin
                audio_l = (b_clk == 1'b0) ? 16'h0000 : 16'h0000;
                audio_r = (c_clk == 1'b0) ? 16'h0000 : 16'h0000;
            end                                                      
        endcase 

 

    end
    
    
    

    
endmodule